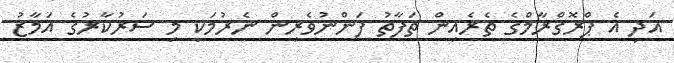
އަދި އެ ޕްރޮގްރާމްގެ ތެރެއިން ތަފާތު ފަންނުވެރިން ނެރުމަކީ މި ސަރުކާރުގެ އަމާޒު